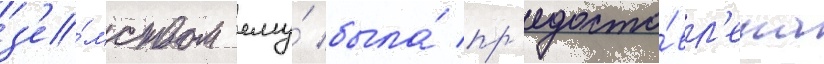
з'е́мством ему́ была́ пр'едоста́вл'ена